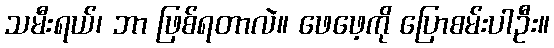
သမီးရယ်၊ ဘာ ဖြစ်ရတာလဲ။ ဖေဖေ့ကို ပြောစမ်းပါဦး။